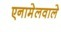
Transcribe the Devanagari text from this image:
एनामेलवाले